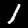
Digit: 1